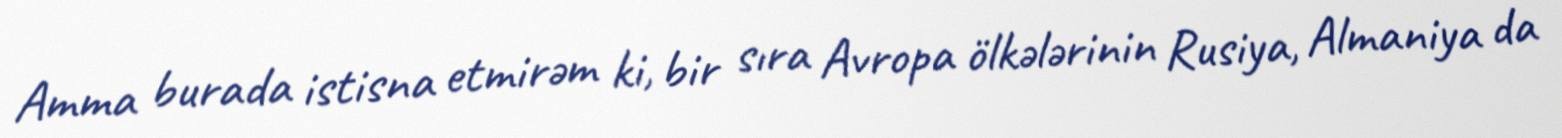
Amma burada istisna etmirəm ki, bir sıra Avropa ölkələrinin Rusiya, Almaniya da